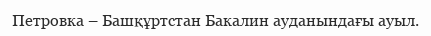
Петровка – Башқұртстан Бакалин ауданындағы ауыл.